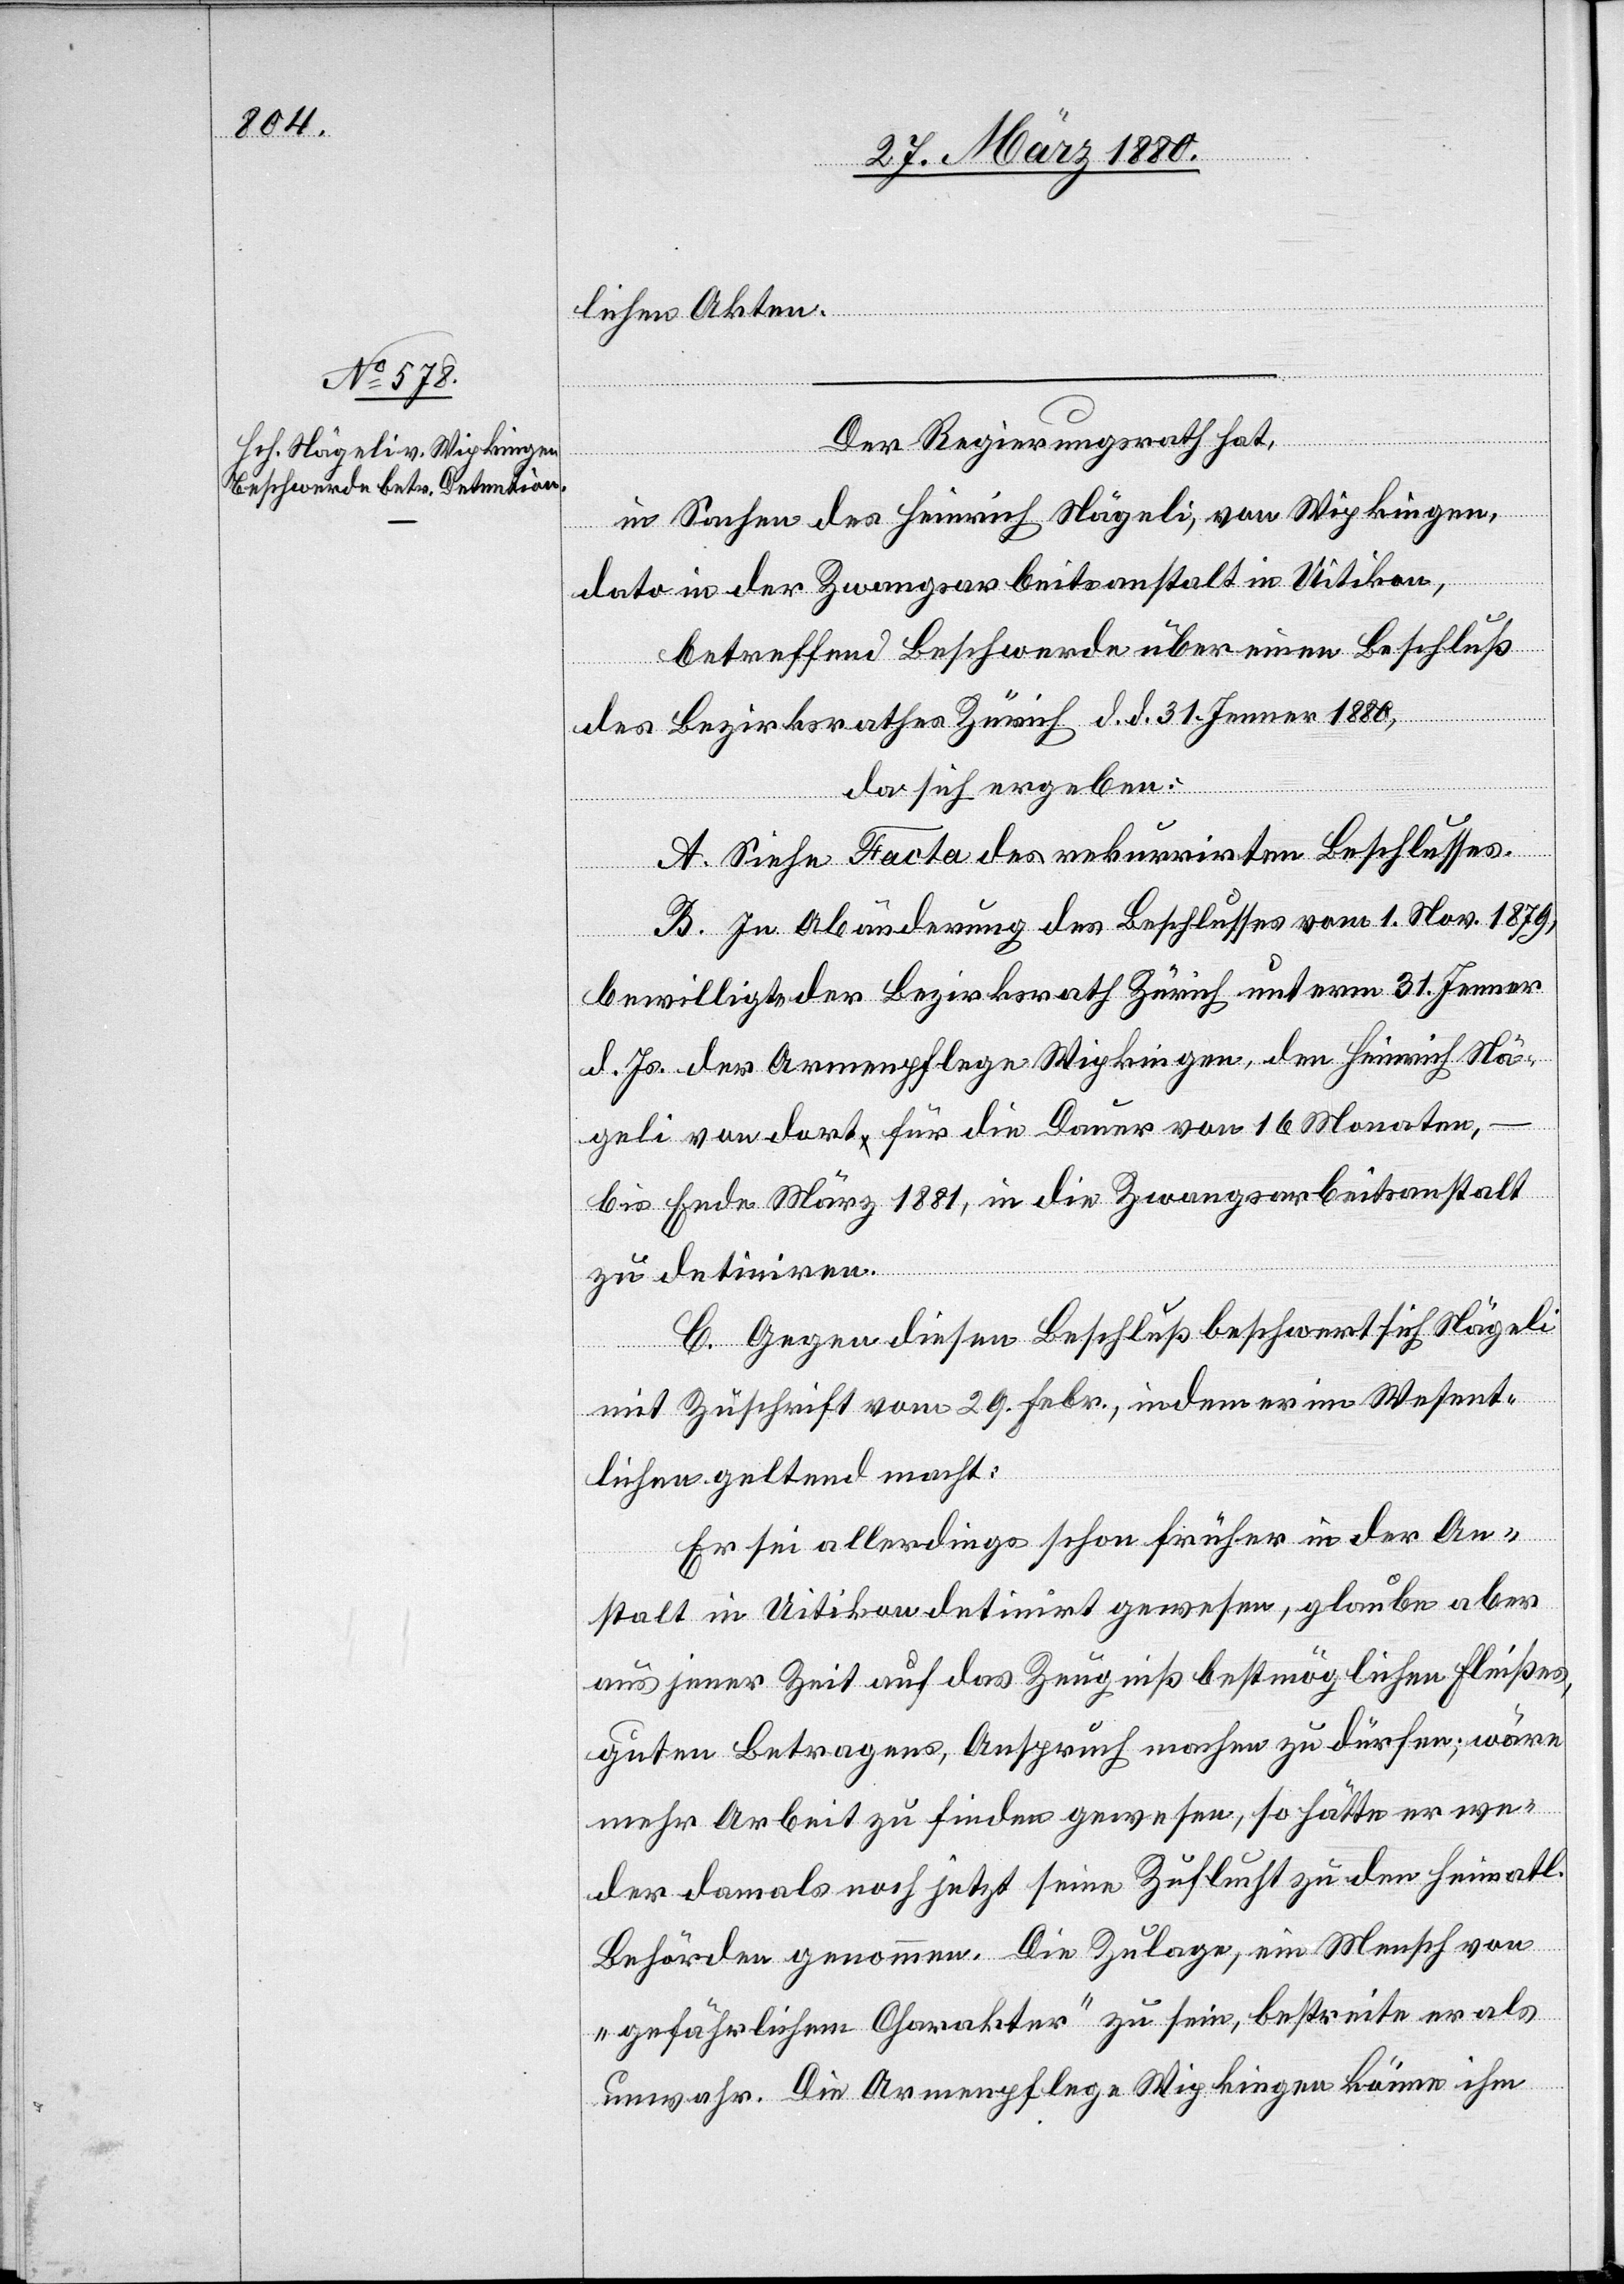
lichen Akten.
Der Regierungsrath hat,
in Sachen des Heinrich Nägeli, von Wipkingen,
dato in der Zwangsarbeitsanstalt in Uitikon,
betreffend Beschwerde über einen Beschluß
des Bezirksrathes Zürich d. d. 31. Jenner 1880,
da sich ergeben:
A. Siehe Facta des rekurrirten Beschlusses.
B. In Abänderung des Beschlusses vom 1. Nov. 1879,
bewilligte der Bezirksrath Zürich unterm 31. Jenner
d. Js. der Armenpflege Wipkingen, den Heinrich Nä¬
geli von dort für die Dauer von 16 Monaten –
bis Ende März 1881, in die Zwangsarbeitsanstalt
zu detiniren.
C. Gegen diesen Beschluß beschwert sich Nägeli
mit Zuschrift vom 29. Febr., indem er im Wesent¬
lichen geltend macht:
Er sei allerdings schon früher in der An¬
stalt in Uitikon detinirt gewesen, glaube aber
aus jener Zeit auf das Zeugniß bestmöglichen Fleißes,
guten Betragens, Anspruch machen zu dürfen; wäre
mehr Arbeit zu finden gewesen, so hätte er we¬
der damals noch jetzt seine Zuflucht zu den heimatl.
Behörden genommen. Die Zulage, ein Mensch von
„gefährlichem Charakter“ zu sein, bestreite er als
unwahr. Die Armenpflege Wipkingen könne ihn